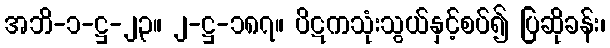
အဘိ-၁-ဋ္ဌ-၂၃။ ၂-ဋ္ဌ-၁၈၇။ ပိဋကသုံးသွယ်နှင့်စပ်၍ ပြဆိုခန်း၊